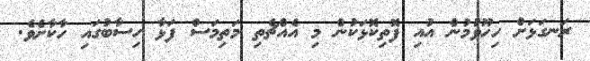
ރަނގަޅަށް ހިހޫވުމުން އުއި ފޮތިކޮޅަކުން މި އެއްޗެތި މަތިމަސް ފަޅާ ހިސާބުގައި ހާކާށެވެ.